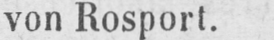
von Rosport.